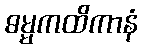
ဓမ္မကထိကာနံ